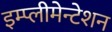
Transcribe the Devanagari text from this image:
इम्प्लीमेन्टेशन